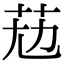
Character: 𦭋